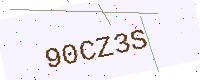
Text: 90CZ3S